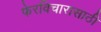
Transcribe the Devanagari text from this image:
फेरविचारासाठी